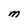
Character: M